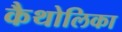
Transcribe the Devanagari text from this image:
कैथोलिका